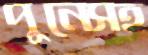
পুনেসহ